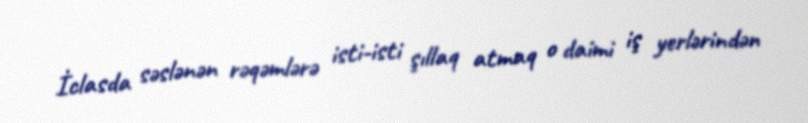
İclasda səslənən rəqəmlərə isti-isti şıllaq atmaq o daimi iş yerlərindən